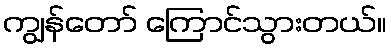
ကျွန်တော် ကြောင်သွားတယ်။